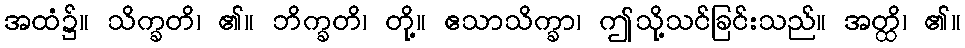
အထံ၌။ သိက္ခတိ၊ ၏။ ဘိက္ခတိ၊ တို့။ ဧသာသိက္ခာ၊ ဤသို့သင်ခြင်းသည်။ အတ္ထိ၊ ၏။